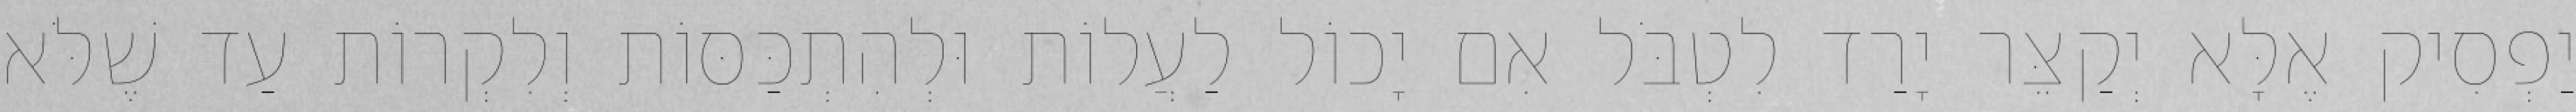
יַפְסִיק אֶלָּא יְקַצֵּר יָרַד לִטְבֹּל אִם יָכוֹל לַעֲלוֹת וּלְהִתְכַּסּוֹת וְלִקְרוֹת עַד שֶׁלֹּא